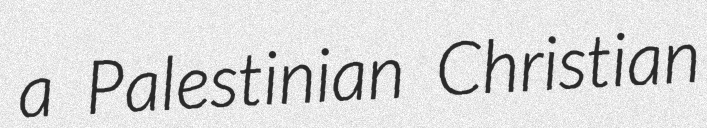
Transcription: a Palestinian Christian